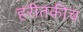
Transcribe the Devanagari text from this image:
हरीतकीच